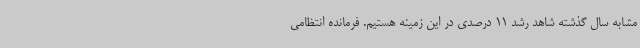
مشابه سال گذشته شاهد رشد 11 درصدی در این زمینه هستیم. فرمانده انتظامی